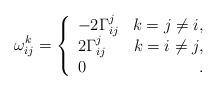
LaTeX: \begin{align*} \omega_{ij}^k=\left\{ \begin{array}{lr} -2\Gamma_{ij}^j& k=j\neq i,\\ 2\Gamma_{ij}^j& k=i\neq j,\\ 0 &\,. \end{array}\right.\end{align*}